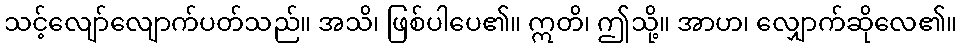
သင့်လျော်လျောက်ပတ်သည်။ အသိ၊ ဖြစ်ပါပေ၏။ ဣတိ၊ ဤသို့။ အာဟ၊ လျှောက်ဆိုလေ၏။